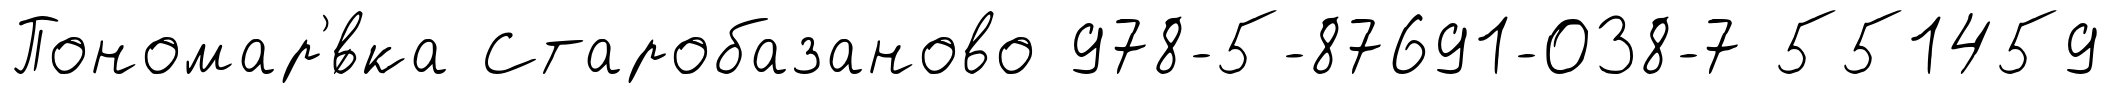
Пономар'́вка Старобазаново 978-5-87691-038-7 551459